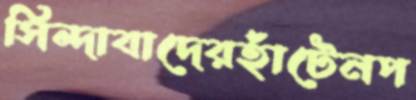
সিন্দাবাদেরহাঁটেনপ